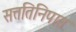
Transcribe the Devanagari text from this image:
सत्ततिनिपात